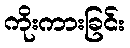
ကိုးကားခြင်း